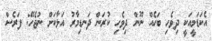
އެކަޑަމީއަކީ ދިވެހި ބަހެއް ނޫން ދިވެހި ކުރަން ދަނޑިމާރު އަޅާކަށް ނުޖެހޭ: ފަރެސް